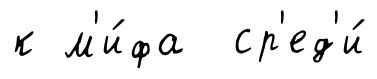
к м'и́фа ср'ед'и́